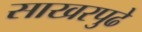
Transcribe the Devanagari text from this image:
साखरपुढे